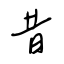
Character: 昔